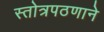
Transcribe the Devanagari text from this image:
स्तोत्रपठणाने